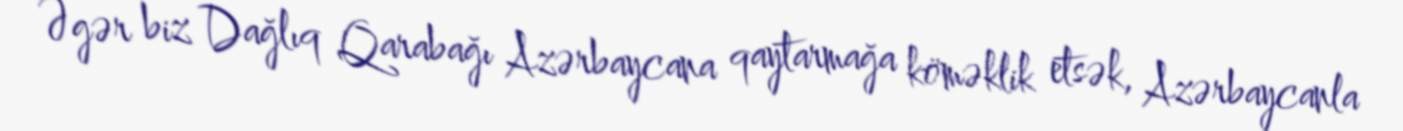
Əgər biz Dağlıq Qarabağı Azərbaycana qaytarmağa köməklik etsək, Azərbaycanla